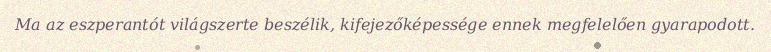
Ma az eszperantót világszerte beszélik, kifejezőképessége ennek megfelelően gyarapodott.